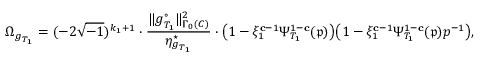
\Omega _ { { \boldsymbol { g } } _ { T _ { 1 } } } = ( - 2 \sqrt { - 1 } ) ^ { k _ { 1 } + 1 } \cdot \frac { \Vert { \boldsymbol { g } } _ { T _ { 1 } } ^ { \circ } \Vert _ { \Gamma _ { 0 } ( C ) } ^ { 2 } } { \eta _ { { \boldsymbol { g } } _ { T _ { 1 } } } ^ { \star } } \cdot \bigl ( 1 - \xi _ { 1 } ^ { \mathbf { c } - 1 } \Psi _ { T _ { 1 } } ^ { 1 - \mathbf { c } } ( \mathfrak { p } ) \bigr ) \bigl ( 1 - \xi _ { 1 } ^ { \mathbf { c } - 1 } \Psi _ { T _ { 1 } } ^ { 1 - \mathbf { c } } ( \mathfrak { p } ) p ^ { - 1 } \bigr ) ,